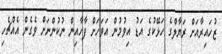
ޒުހައިރާއަށް ރަޔާލްގެ ހަޅޭކުގެ އަޑު އިވުމުން އަވަހަށް ފާހާއިން ނުކުންނަށް ވެގެން އެއްޗެހި